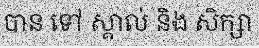
បាន ទៅ ស្គាល់ និង សិក្សា